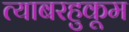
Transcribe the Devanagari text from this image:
त्याबरहुकूम